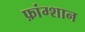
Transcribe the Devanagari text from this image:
फ़ांग्शान